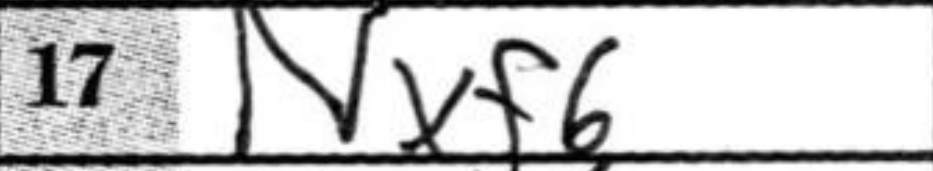
Transcription: Nxf6